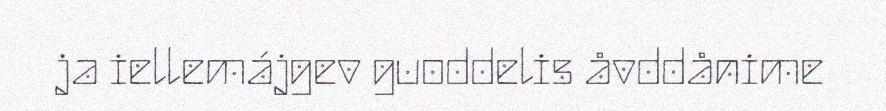
ja iellemájgev guoddelis åvddånime